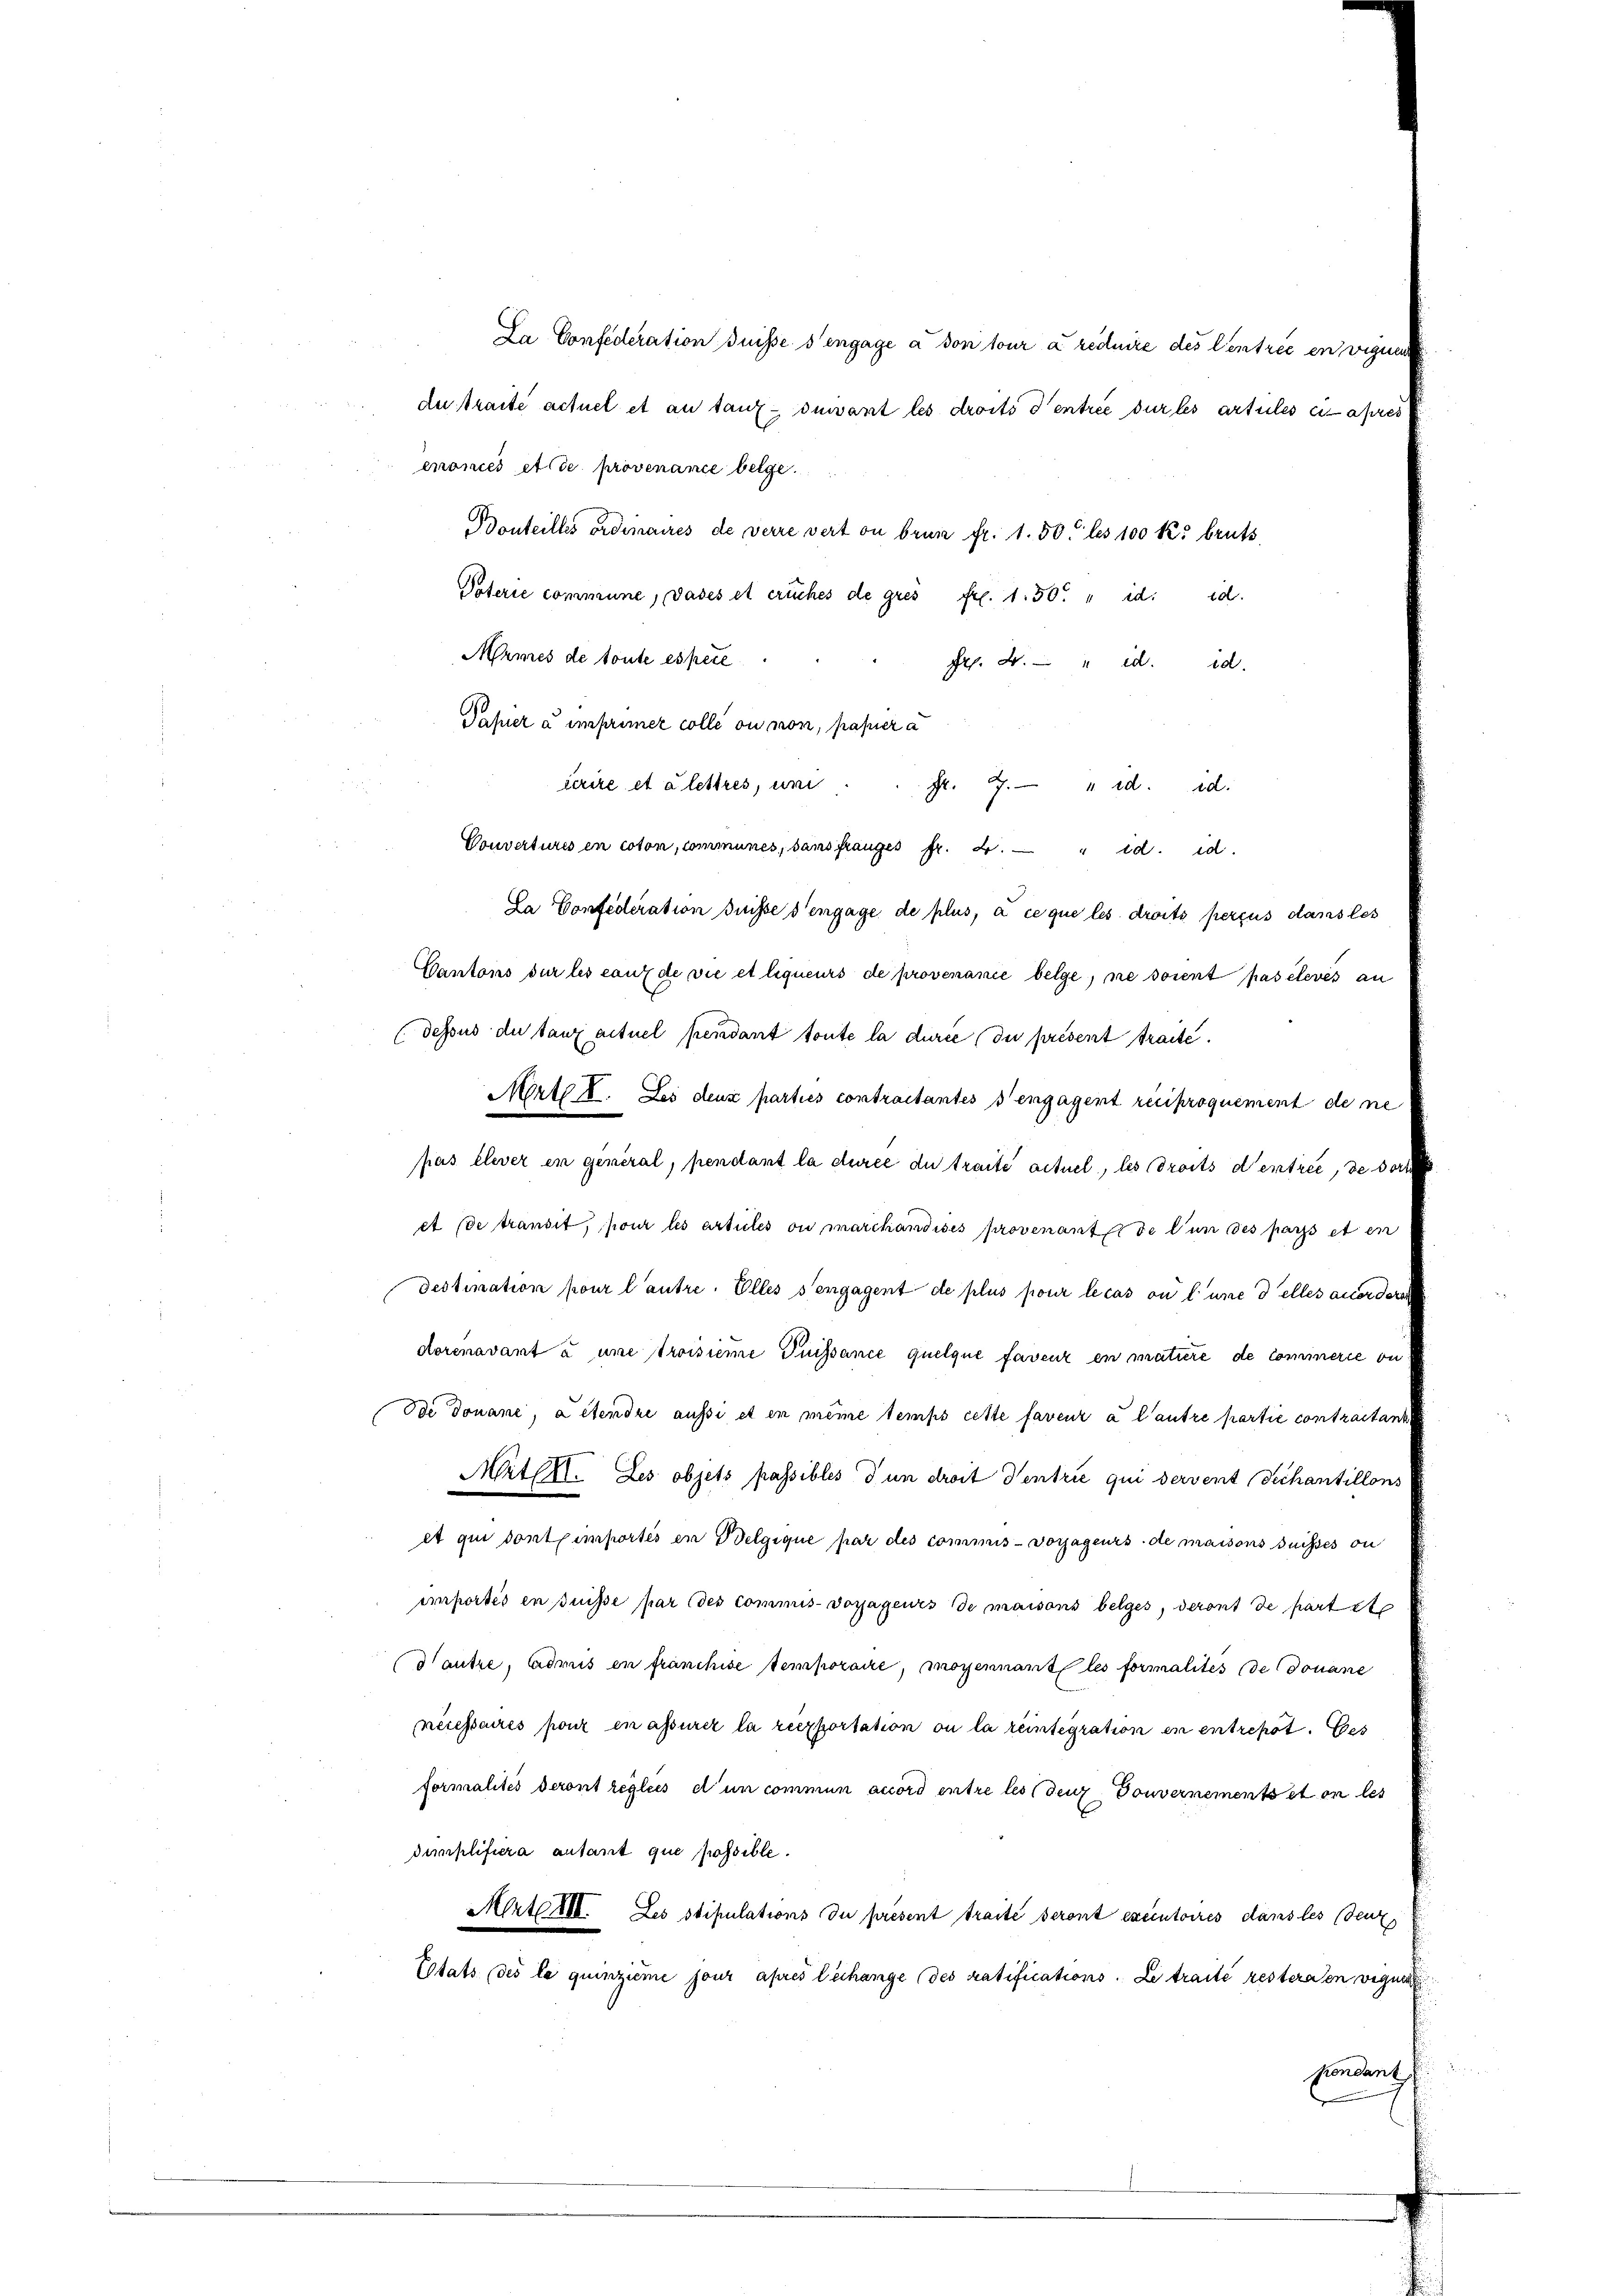
La Confederation duisse s’engage à son tour a reduire des Centrée en viguen
du traite actuel et au tanz suivant les droits d’entrée dur les artules ci-après
enones et ce provenance belge
Bonteilhis ordinaires de verre verton brun fr. 1. 50 les 100 K. bruts
Vaterie commune, dases et eruches de gres fr. 1.50 " d. d.
Mrmes de toute espèce
Pr. 2. " d. d.
Papier a imprimer colle ou mon, passer a
ferire et a lettres, uni . . fr. 7. " d. d.
Couvertures en coton, communes, sans franzes fr. 4. d. d.
Da Confederation suise s’engage de plus, à ce que les droits percus dans les
Kantons sur les eaux de vie et liqueurs de provenance belge, ne soient pas élevés an
(dessus du tanz antuel pendant toute la durce du présent traite.
Mert 8. Les deux parties contractantes s’engagent reciproquement de ne
pas élever en general, pendant la durce du traite actuel, les droits d’entree, de dort
et de transit, pour les articles ou marchandises provenant de nun des pars et en
Destination pour l’autre. Elles s’engagent de plus pour le cas ou l’une delles anorderen
dorenavant à une troisiere Puissance quelque faveur en matiere de commerce ou
Ode donane, a étendre aussi et en même temps cette faveur à l’autre partie contractant,
Mittel. Les objets passibles d un droit Ventrie qui servent dechantillons
et qui dont importés en Belgique par des commis-Vorjageurs de maisons suisses ou
importés en suisse par des commis-Voyageurs de maisons belges, deront de partete
dautze, Cadmis en franchise temporaire, moyennant les formalités de donane
nécessaires pouz in assurez la reexportation ou la reintegration in entrepot. Ges
formalités deront réglées d’un commun accord entre les den Douvernements et en les
dimplifiera autant que possible.
Mirte 11. Les stipulations du présent traite seront executoires dans les (denz
Etats (des le quinzième jour après lechange des Ratifications. Le traite resternen wegen
sonmensch